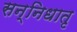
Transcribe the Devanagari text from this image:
सन्निधातृ